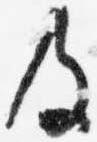
及